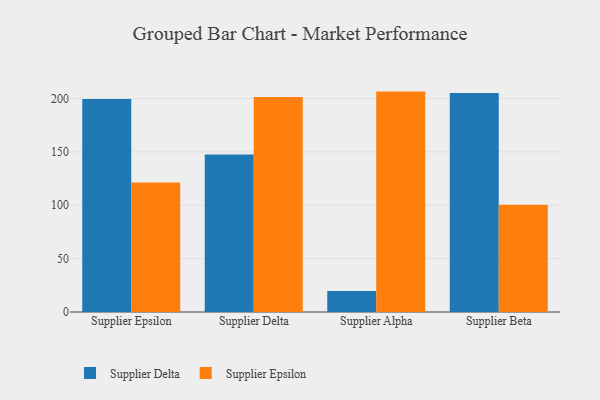
{"axis": {"x": "Supplier", "y": "Net Income (USD K)"}, "legend": ["Supplier Delta", "Supplier Epsilon"], "data": [{"x": "Supplier Epsilon", "y": 199.5, "type": "Supplier Delta"}, {"x": "Supplier Epsilon", "y": 121.3, "type": "Supplier Epsilon"}, {"x": "Supplier Delta", "y": 147.6, "type": "Supplier Delta"}, {"x": "Supplier Delta", "y": 201.4, "type": "Supplier Epsilon"}, {"x": "Supplier Alpha", "y": 19.6, "type": "Supplier Delta"}, {"x": "Supplier Alpha", "y": 206.5, "type": "Supplier Epsilon"}, {"x": "Supplier Beta", "y": 205.1, "type": "Supplier Delta"}, {"x": "Supplier Beta", "y": 100.6, "type": "Supplier Epsilon"}]}